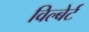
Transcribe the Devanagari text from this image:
विल्बेर्ट